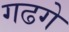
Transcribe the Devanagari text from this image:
गढगे